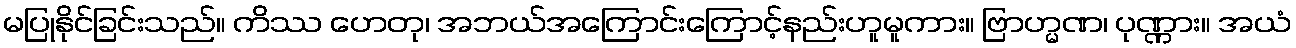
မပြုနိုင်ခြင်းသည်။ ကိဿ ဟေတု၊ အဘယ်အကြောင်းကြောင့်နည်းဟူမူကား။ ဗြာဟ္မဏ၊ ပုဏ္ဏား။ အယံ